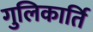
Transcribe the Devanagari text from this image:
गुलिकार्ति